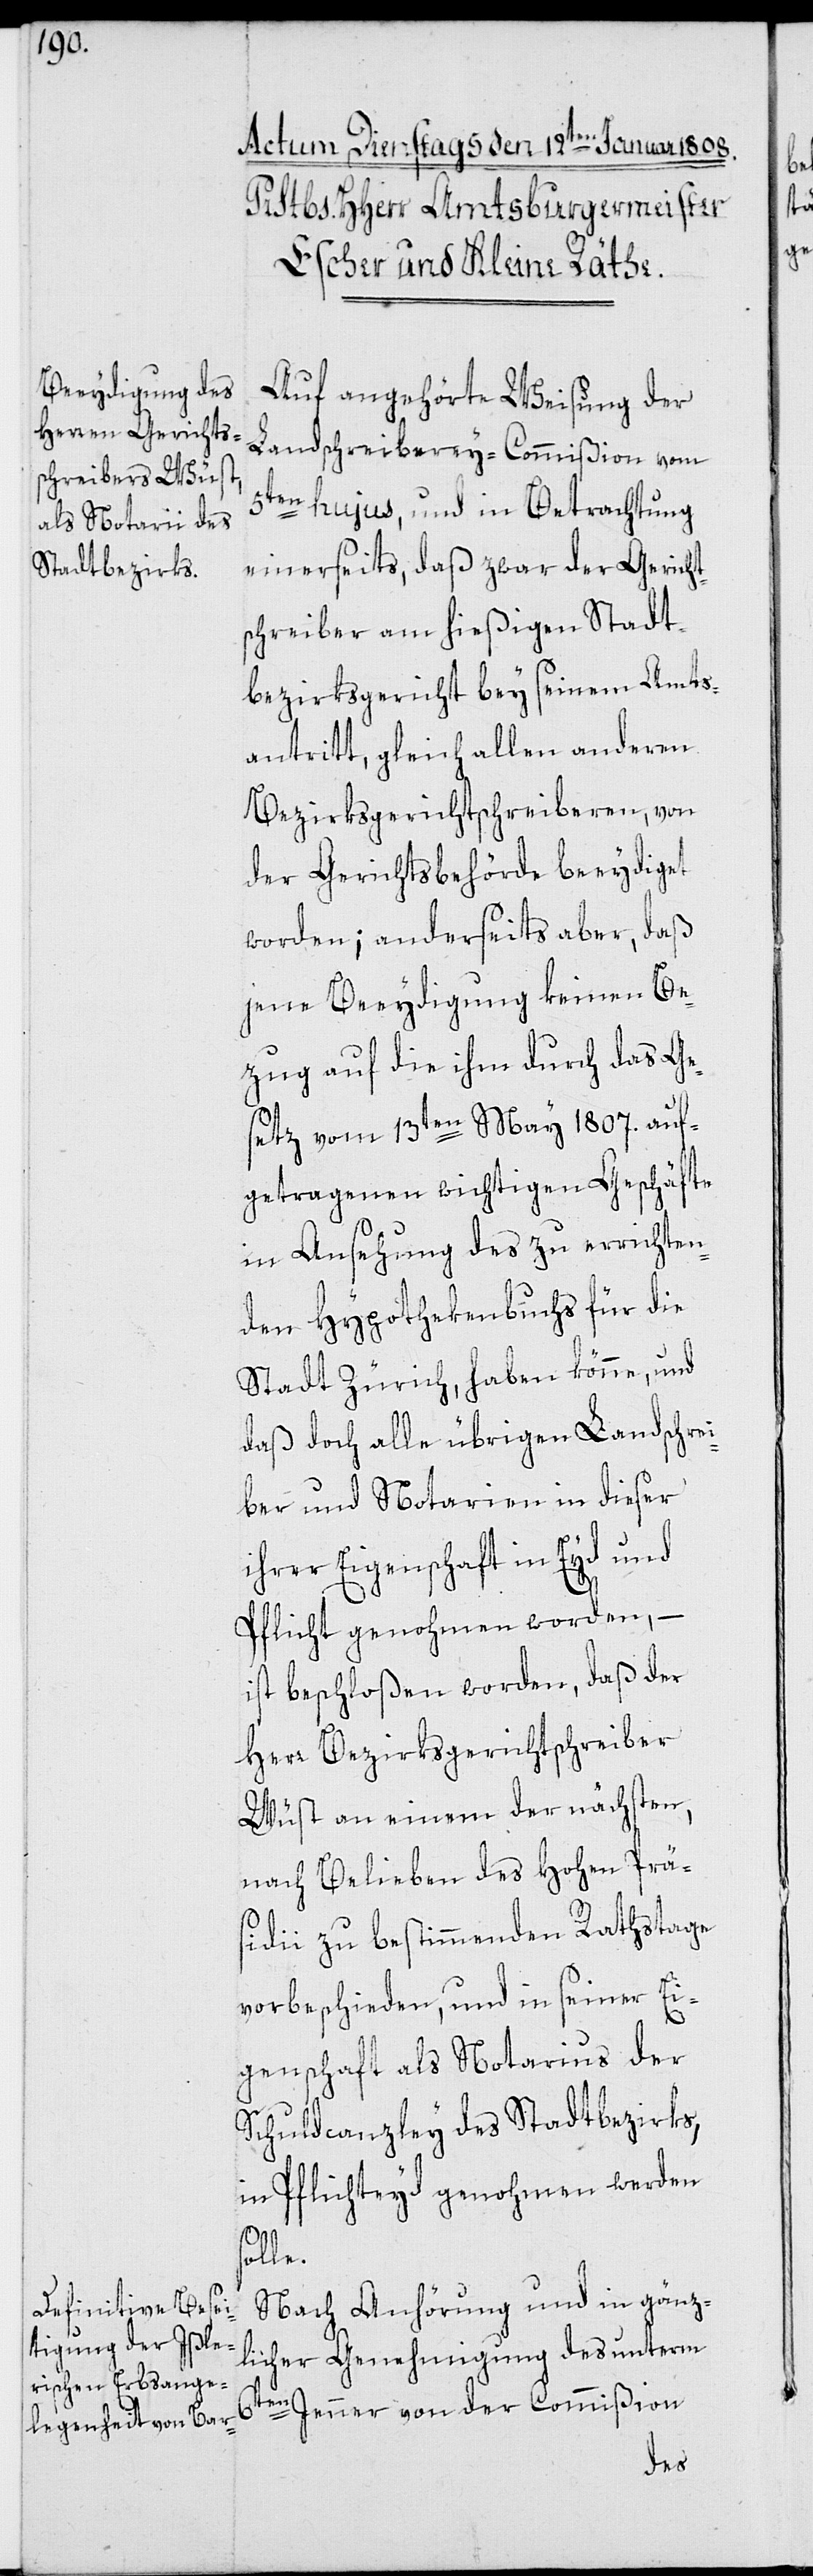
Auf angehörte Weisung der
Landschreiberey-Commißion vom
5ten hujus, und in Betrachtung
einerseits, daß zwar der Gericht¬
schreiber am hießigen Stadt¬
bezirksgericht bey seinem Amts¬
antritt, gleich allen anderen
Bezirksgerichtschreiberen, von
der Gerichtsbehörde beeydiget
worden; anderseits aber, daß
jene Beeydigung keinen Be¬
zug auf die ihm durch das Ge¬
setz vom 13ten May 1807. auf¬
getragenen wichtigen Geschäfte
in Ansehung des zu errichten¬
den Hypothekenbuchs für die
Stadt Zürich, haben könne, und
daß doch alle übrigen Landschrei¬
ber und Notarien in dieser
ihrer Eigenschaft in Eyd und
Pflicht genohmen worden, –
ist beschloßen worden, daß der
Herr Bezirksgerichtschreiber
Wüst an einem der nächsten,
nach Belieben des Hohen Prä¬
sidii zu bestimmenden Rathstage
vorbeschieden, und in seiner Ei¬
genschaft als Notarius der
Schuldcanzley des Stadtbezirks,
in Pflichteyd genohmen werden
lle.
Nach Anhörung und in gänz¬
licher Genehmigung des unterm
6ten Jenner von der Commißion